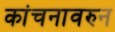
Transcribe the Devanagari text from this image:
कांचनावरुन